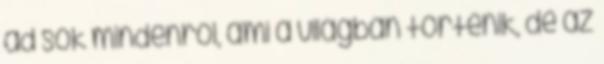
ad sok mindenről, ami a világban történik, de az